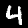
Label: 4